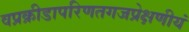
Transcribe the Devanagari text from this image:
वप्रक्रीडापरिणतगजप्रेक्षणीयं